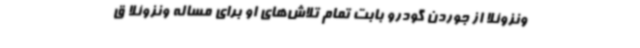
ونزوئلا از جوردن گودرو بابت تمام تلاش‌های او برای مساله ونزوئلا ق